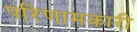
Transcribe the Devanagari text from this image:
परिणामकारी